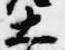
大